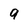
Character: 9